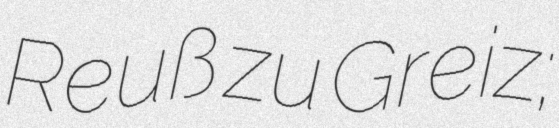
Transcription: Reuß zu Greiz;